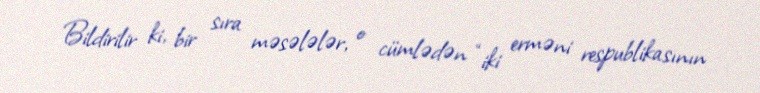
Bildirilir ki, bir sıra məsələlər, o cümlədən “iki erməni respublikasının